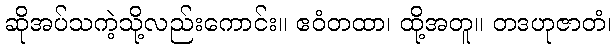
ဆိုအပ်သကဲ့သို့လည်းကောင်း။ ဧဝံတထာ၊ ထို့အတူ။ တဒဟုဇာတံ၊